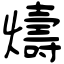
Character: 燽